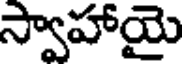
స్వాహాయై